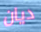
ديان